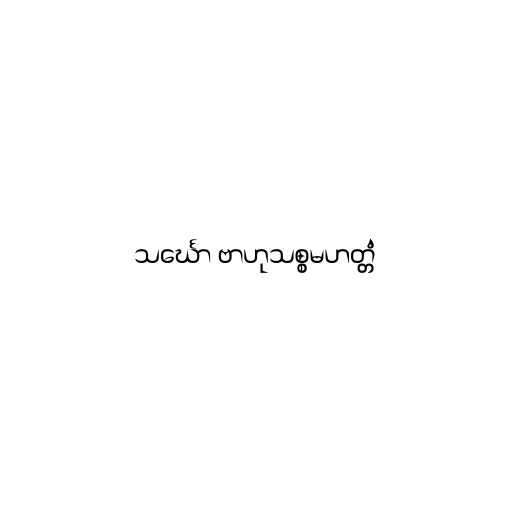
သင်္ဃော ဗာဟုသစ္စမဟတ္တံ